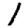
Digit: 1